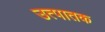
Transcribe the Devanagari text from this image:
उत्पातक